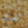
أسد